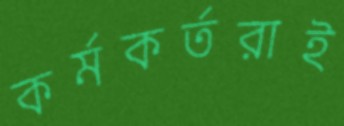
কর্মকর্তরাই